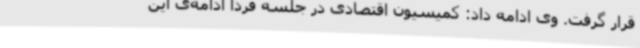
قرار گرفت. وی ادامه داد: کمیسیون اقتصادی در جلسه فردا ادامه‌ی این